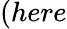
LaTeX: (here